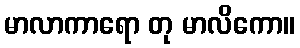
မာလာကာရော တု မာလိကော။